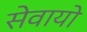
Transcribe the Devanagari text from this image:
सेवायो